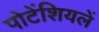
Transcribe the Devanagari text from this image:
पोटेंशियलें